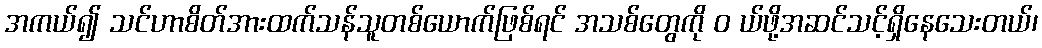
အကယ်၍ သင်ဟာစိတ်အားထက်သန်သူတစ်ယောက်ဖြစ်ရင် အသစ်တွေကို ၀ ယ်ဖို့အဆင်သင့်ရှိနေသေးတယ်၊